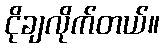
ငိုချလိုက်တယ်။